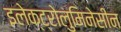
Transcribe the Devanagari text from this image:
इलेक्ट्रोलुमिनेसीन